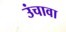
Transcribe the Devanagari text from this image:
उंचावा